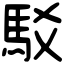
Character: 駁